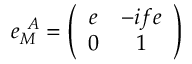
e _ { M } ^ { ~ A } = \left( \begin{array} { c c } { { e } } & { { - i f e } } \\ { { 0 } } & { { 1 } } \end{array} \right) \,